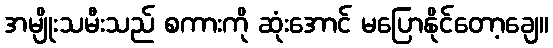
အမျိုးသမီးသည် စကားကို ဆုံးအောင် မပြောနိုင်တော့ချေ။